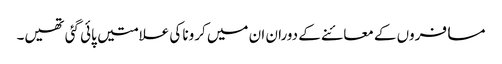
مسافروں کے معائنے کے دوران ان میں کرونا کی علامتیں پائی گئی تھیں۔